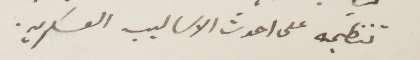
تنظيمه على احدث الاساليب العسكرية.